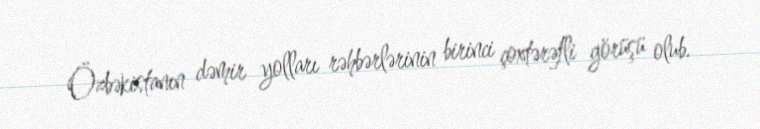
Özbəkistanın dəmir yolları rəhbərlərinin birinci çoxtərəfli görüşü olub.